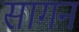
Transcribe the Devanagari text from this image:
सागन